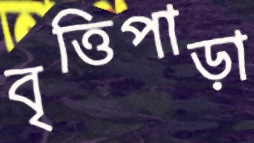
বৃত্তিপাড়া